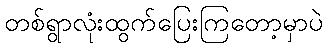
တစ်ရွာလုံးထွက်ပြေးကြတော့မှာပဲ